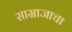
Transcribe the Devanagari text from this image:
साम्राजाचा